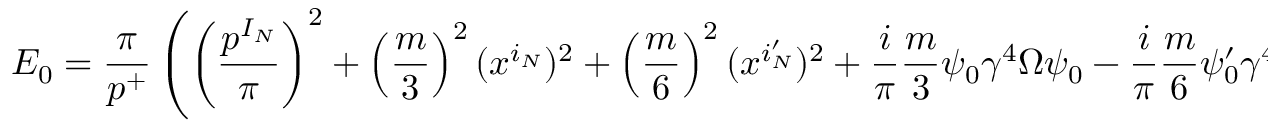
E _ { 0 } = \frac { \pi } { p ^ { + } } \left( \left( \frac { p ^ { I _ { N } } } { \pi } \right) ^ { 2 } + \left( \frac { m } { 3 } \right) ^ { 2 } ( x ^ { i _ { N } } ) ^ { 2 } + \left( \frac { m } { 6 } \right) ^ { 2 } ( x ^ { i _ { N } ^ { \prime } } ) ^ { 2 } + \frac { i } { \pi } \frac { m } { 3 } \psi _ { 0 } \gamma ^ { 4 } \Omega \psi _ { 0 } - \frac { i } { \pi } \frac { m } { 6 } \psi _ { 0 } ^ { \prime } \gamma ^ { 4 } \Omega \psi _ { 0 } ^ { \prime } \right) ~ .